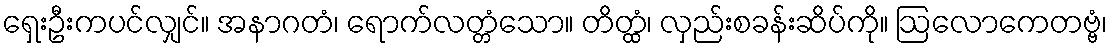
ရှေးဦးကပင်လျှင်။ အနာဂတံ၊ ရောက်လတ္တံသော။ တိတ္ထံ၊ လှည်းစခန်းဆိပ်ကို။ ဩလောကေတဗ္ဗံ၊